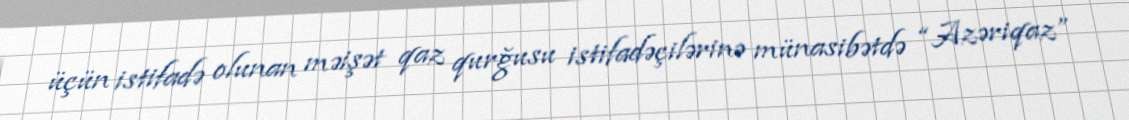
üçün istifadə olunan məişət qaz qurğusu istifadəçilərinə münasibətdə “Azəriqaz”